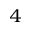
_ 4